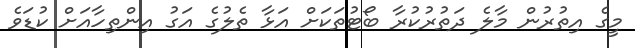
މީގެ އިތުރުން މާލެ ދަތުރުކުރާ ބޯޓުތަކަށް އަޅާ ތެލުގެ އަގު އިންތިހާއަށް ކުޑަވެ